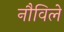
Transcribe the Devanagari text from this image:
नौविले